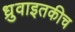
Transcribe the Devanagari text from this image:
ध्रुवाइतकीच